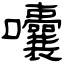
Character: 囔